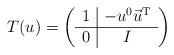
LaTeX: \begin{align*}T(u) = \left(\begin{array}{c|c} 1 & -u^0 \vec{u}^{\mathrm{T}} \\ \hline 0 & I \end{array}\right)\end{align*}